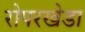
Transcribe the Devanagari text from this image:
रोपरखेडा